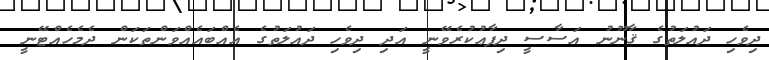
ދިވެހި ދައުލަތުގެ ޤާނޫނު އަސާސީ ދިފާޢުކުރެވޭނީ އަދި ދިވެހި ދައުލަތުގެ އެއްބައެއްވަންތަކަން ދެމެހެއްޓޭނީ